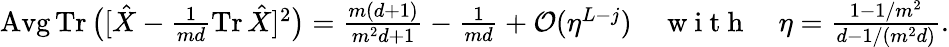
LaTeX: \textstyle\operatorname{Avg}\operatorname{Tr}\big([\hat{X}-\frac{1}{md}\operatorname{Tr}\hat{X}]^{2}\big)=\frac{m(d+1)}{m^{2}d+1}-\frac{1}{md}+\mathcal{O}(\eta^{L-j})\quad\mathrm{~w~i~t~h~}\quad\eta\stackrel{}{=}\frac{1-1/m^{2}}{d-1/(m^{2}d)}.